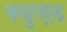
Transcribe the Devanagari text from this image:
फ्युएल